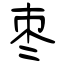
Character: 枣